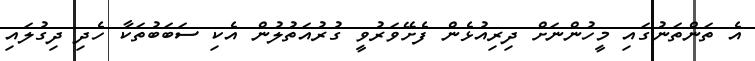
އެ ތަންތަނުގައި މީހުންނަށް ދިރިއުޅެން ފެށޭވަރުވީ ގުރުއަތުލުން އެކި ސަބަބުތަކާ ހެދި ދިގުލައި